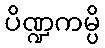
ပိဏ္ဍကမ္ပိ